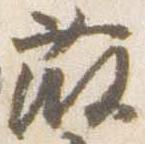
藤